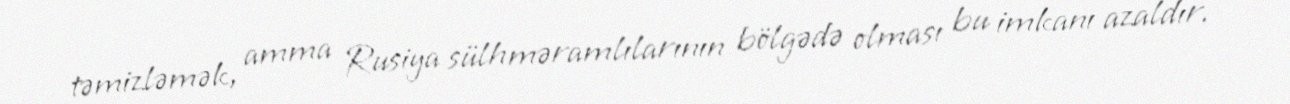
təmizləmək, amma Rusiya sülhməramlılarının bölgədə olması bu imkanı azaldır.